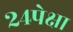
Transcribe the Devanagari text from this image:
२४पेक्षा